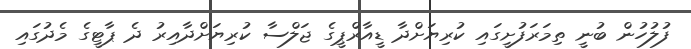
ފުލުހުން ބުނީ ތިމަރަފުށީގައި ކުރިޔަށްދާ ޑީއާރްޕީގެ ޖަލްސާ ކުރިޔަށްދާއިރު ދެ ޕާޓީގެ މެދުގައި